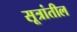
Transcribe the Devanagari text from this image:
सूत्रांतील